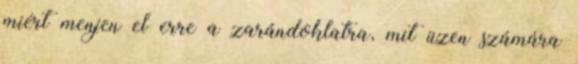
miért menjen el erre a zarándoklatra, mit üzen számára